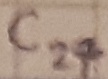
Text: C27